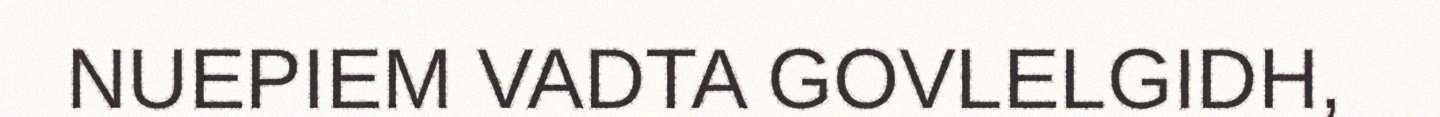
NUEPIEM VADTA GOVLELGIDH,